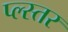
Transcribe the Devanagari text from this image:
प्ल्स्तर